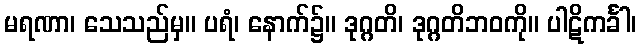
မရဏာ၊ သေသည်မှ။ ပရံ၊ နောက်၌။ ဒုဂ္ဂတိ၊ ဒုဂ္ဂတိဘဝကို။ ပါဋိကင်္ခါ၊